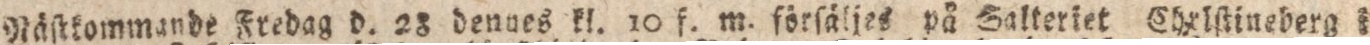
Näſtkommande Fredag d. 28 dennes kl. 10 f. m. förſäljes på Salteriet Chrlſtineberg i